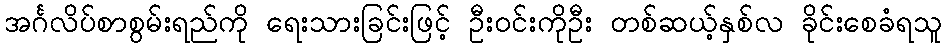
အင်္ဂလိပ်စာစွမ်းရည်ကို ရေးသားခြင်းဖြင့် ဦးဝင်းကိုဦး တစ်ဆယ့်နှစ်လ ခိုင်းစေခံရသူ